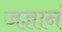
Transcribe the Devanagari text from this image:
जज्ञानं